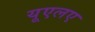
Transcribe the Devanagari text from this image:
यूएलए